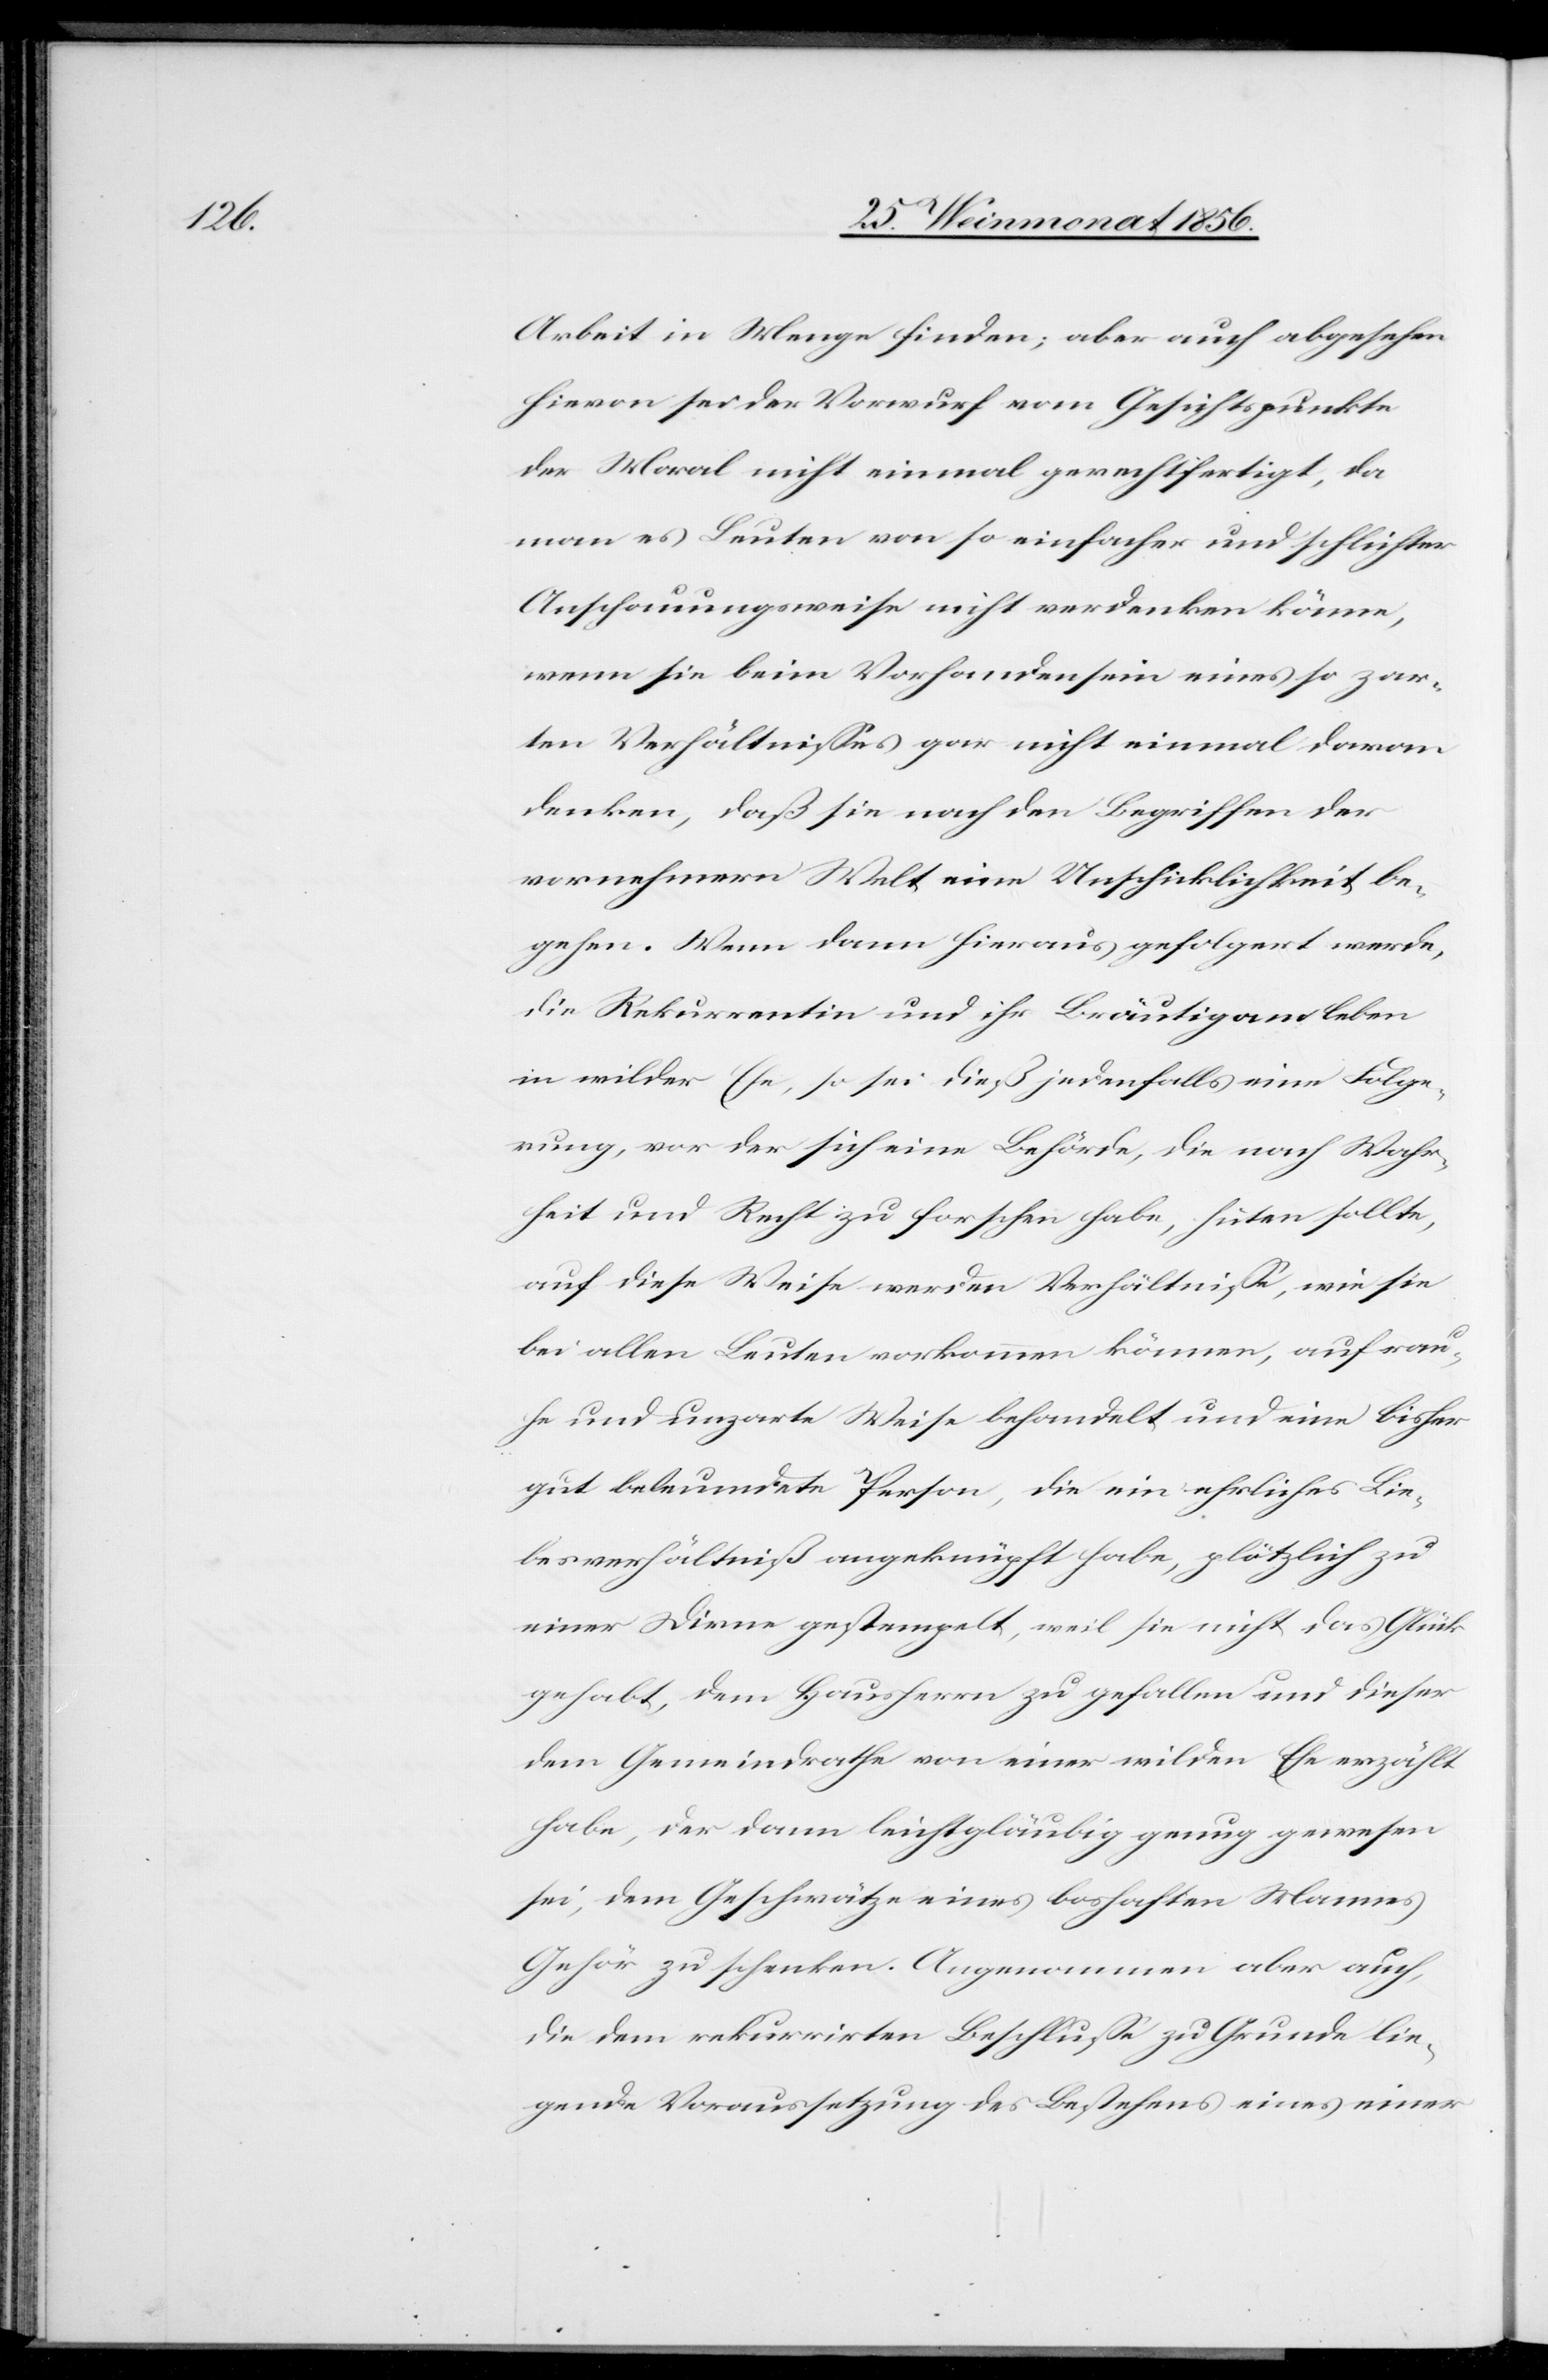
Arbeit in Menge finden; aber auch abgesehen
hievon sei der Vorwurf vom Gesichtspunkte
der Moral nicht einmal gerechtfertigt, da
man es Leuten von so einfacher und schlichter
Anschauungsweise nicht verdenken könne,
wenn sie beim Vorhandensein eines so zar¬
ten Verhältnisses gar nicht einmal daran
denken, daß sie nach den Begriffen der
vornehmern Welt eine Unschicklichkeit be¬
gehen. Wenn dann hieraus gefolgert werde,
die Rekurrentin und ihr Bräutigam leben
in wilder Ehe, so sei dieß jedenfalls eine Folge¬
rung, vor der sich eine Behörde, die nach Wahr¬
heit und Recht zu forschen habe, hüten sollte,
auf diese Weise werden Verhältnisse, wie sie
bei allen Leuten vorkommen können, auf rau¬
he und unzarte Weise behandelt und eine bisher
gut beleumdete Person, die ein ehrliches Lie¬
besverhältniß angeknüpft habe, plötzlich zu
einer Dirne gestempelt, weil sie nicht das Glück
gehabt, dem Hausherrn zu gefallen und dieser
dem Gemeindrathe von einer wilden Ehe erzählt
habe, der dann leichtgläubig genug gewesen
sei, dem Geschwätze eines boshaften Mannes
Gehör zu schenken. Angenommen aber auch,
die dem rekurrirten Beschlusse zu Grunde lie¬
gende Voraussetzung des Bestehens eines einer